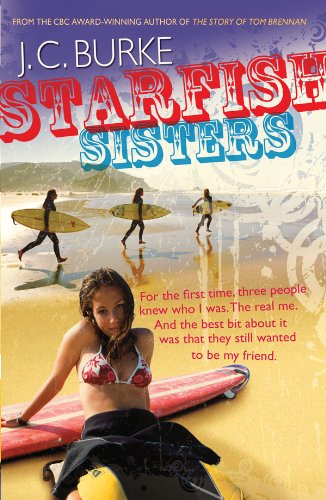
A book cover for Starfish Sisters; J.C. Burke; Teen & Young Adult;